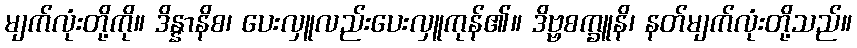
မျက်လုံးတို့ကို။ ဒိန္နာနိစ၊ ပေးလှူလည်းပေးလှူကုန်၏။ ဒိဗ္ဗစက္ခူနိ၊ နတ်မျက်လုံးတို့သည်။